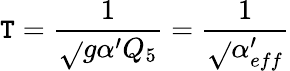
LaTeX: \mathtt{T}={\frac{{1}}{{\sqrt{}{{g\alpha^{\prime}Q_{5}}}}}}={\frac{{1}}{{\sqrt{}{{\alpha_{eff}^{\prime}}}}}}